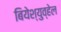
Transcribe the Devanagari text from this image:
बियेश्युव्हेल